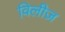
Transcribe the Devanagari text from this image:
विलीज़